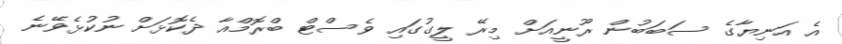
އެ އަނިޔާގެ ސަބަބުން ރޫނީއަށް މިރޭ ލީގުގައި ވެސްޓް ބްރޮމްއާ ދެކޮޅަށް ނުކުޅެވޭނެ